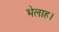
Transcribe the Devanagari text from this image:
भेलाह।